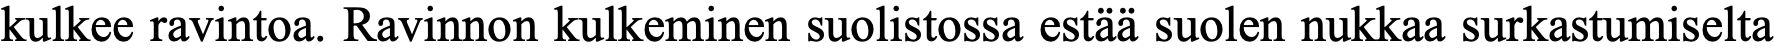
kulkee ravintoa. Ravinnon kulkeminen suolistossa estää suolen nukkaa surkastumiselta